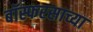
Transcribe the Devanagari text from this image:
बॉस्फरसाच्या